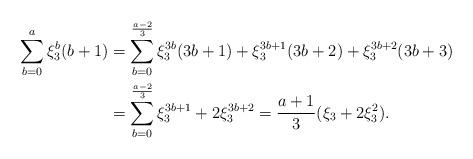
LaTeX: \begin{align*}\sum_{b=0}^a \xi_3^{b}(b+1) &= \sum_{b=0}^{\frac{a-2}{3}} \xi_3^{3b}(3b+1) + \xi_3^{3b+1}(3b+2) + \xi_3^{3b+2}(3b+3) \\&= \sum_{b=0}^{\frac{a-2}{3}} \xi_3^{3b+1} + 2\xi_3^{3b+2} = \frac{a+1}{3} (\xi_3 + 2\xi_3^{2}). \end{align*}